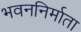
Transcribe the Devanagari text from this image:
भवननिर्माता